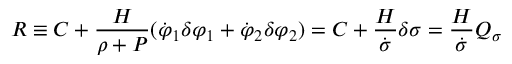
{ \cal R } \equiv C + \frac { H } { \rho + P } ( \dot { \varphi } _ { 1 } \delta \varphi _ { 1 } + \dot { \varphi } _ { 2 } \delta \varphi _ { 2 } ) = C + \frac { H } { \dot { \sigma } } \delta \sigma = \frac { H } { \dot { \sigma } } Q _ { \sigma }